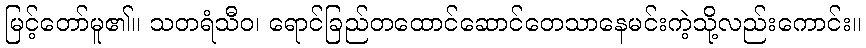
မြင့်တော်မူ၏။ သတရံသီဝ၊ ရောင်ခြည်တထောင်ဆောင်တေသာနေမင်းကဲ့သို့လည်းကောင်း။